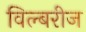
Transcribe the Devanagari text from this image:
विल्बरीज